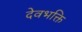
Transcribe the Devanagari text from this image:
देवभक्ति